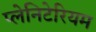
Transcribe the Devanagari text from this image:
प्लेनिटेरियम